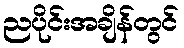
ညပိုင်းအချိန်တွင်